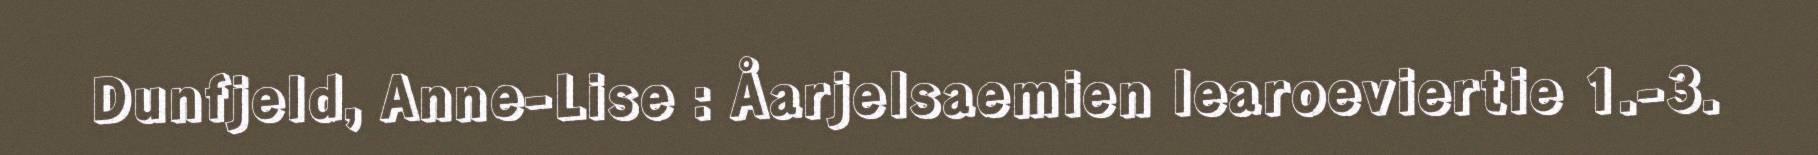
Dunfjeld, Anne-Lise : Åarjelsaemien learoeviertie 1.-3.